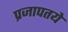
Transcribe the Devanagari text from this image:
प्रजापतये